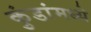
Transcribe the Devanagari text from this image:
कुंडांमध्ये